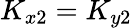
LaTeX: K_{x2}=K_{y2}